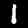
Digit: 1